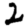
Digit: 2